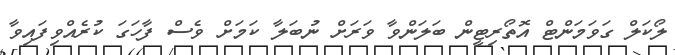
ލޯކަލް ގަވަމަންޓް އޮތޯރިޓީން ބަލަންވާ ވަރަށް ނުބަލާ ކަމަށް ވެސް ފާހަގަ ކުރެއްވިފައިވާ